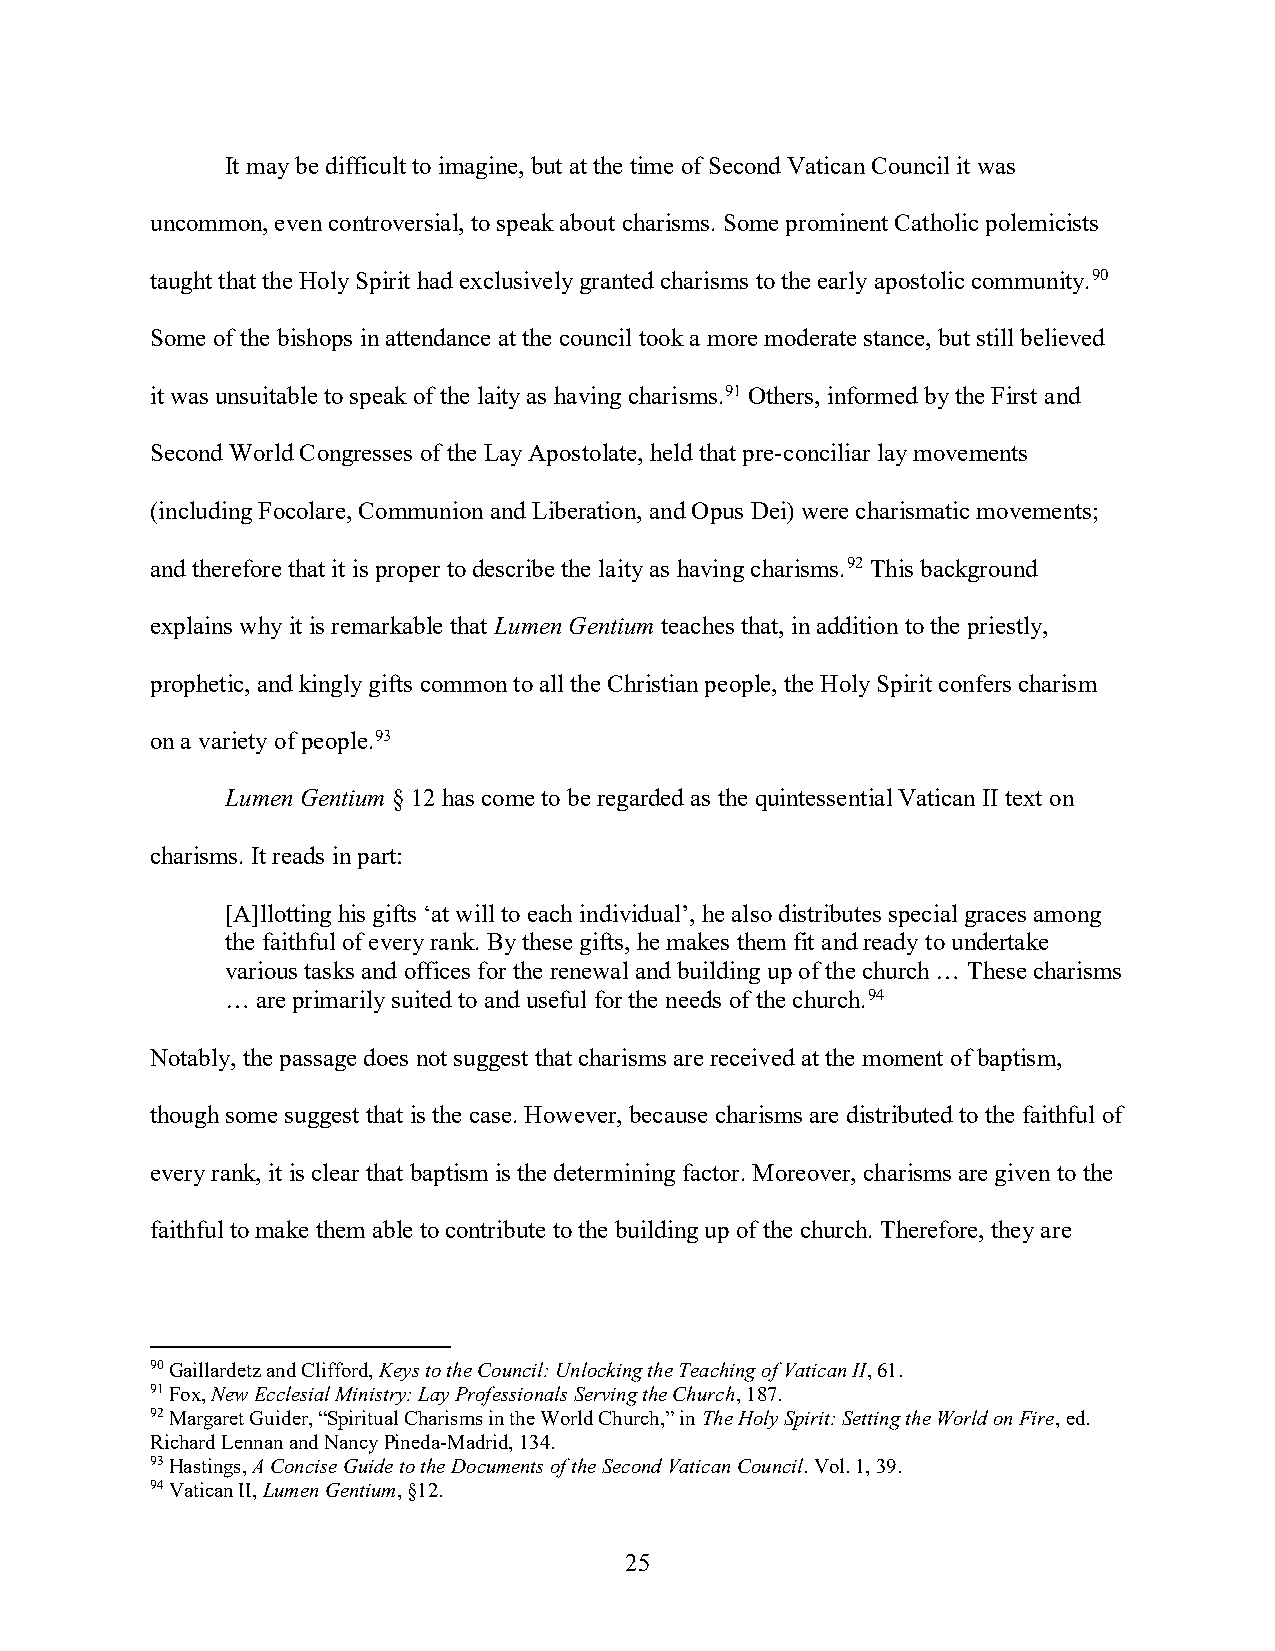
It may be difficult to imagine, but at the time of Second Vatican Council it was
 uncommon, even controversial, to speak about charisms. Some prominent Catholic polemicists
 taught that the Holy Spirit had exclusively granted charisms to the early apostolic community.90
 Some of the bishops in attendance at the council took a more moderate stance, but still believed
 it was unsuitable to speak of the laity as having charisms.91 Others, informed by the First and
 Second World Congresses of the Lay Apostolate, held that pre-conciliar lay movements
 (including Focolare, Communion and Liberation, and Opus Dei) were charismatic movements;
 and therefore that it is proper to describe the laity as having charisms.92 This background
 explains why it is remarkable that Lumen Gentium teaches that, in addition to the priestly,
 prophetic, and kingly gifts common to all the Christian people, the Holy Spirit confers charism
 on a variety of people.93
 Lumen Gentium § 12 has come to be regarded as the quintessential Vatican II text on
 charisms. It reads in part:
 [A]llotting his gifts ‘at will to each individual’, he also distributes special graces among
 the faithful of every rank. By these gifts, he makes them fit and ready to undertake
 various tasks and offices for the renewal and building up of the church … These charisms
 … are primarily suited to and useful for the needs of the church.94
 Notably, the passage does not suggest that charisms are received at the moment of baptism,
 though some suggest that is the case. However, because charisms are distributed to the faithful of
 every rank, it is clear that baptism is the determining factor. Moreover, charisms are given to the
 faithful to make them able to contribute to the building up of the church. Therefore, they are
 90 Gaillardetz and Clifford, Keys to the Council: Unlocking the Teaching of Vatican II, 61.
 91 Fox, New Ecclesial Ministry: Lay Professionals Serving the Church, 187.
 92 Margaret Guider, “Spiritual Charisms in the World Church,” in The Holy Spirit: Setting the World on Fire, ed.
 Richard Lennan and Nancy Pineda-Madrid, 134.
 93 Hastings, A Concise Guide to the Documents of the Second Vatican Council. Vol. 1, 39.
 94 Vatican II, Lumen Gentium, §12.
 25